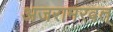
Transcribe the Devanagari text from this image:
अजरामरवत्